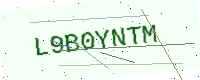
Text: L9B0YNTM